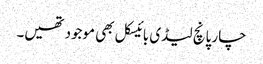
چار پانچ لیڈی بائیسکل بھی موجود تھیں۔